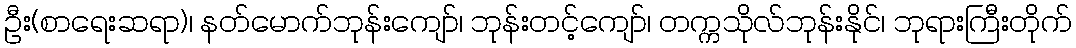
ဦး(စာရေးဆရာ)၊ နတ်မောက်ဘုန်းကျော်၊ ဘုန်းတင့်ကျော်၊ တက္ကသိုလ်ဘုန်းနိုင်၊ ဘုရားကြီးတိုက်